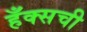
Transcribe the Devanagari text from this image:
हँक्सची